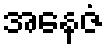
အနေဇံ